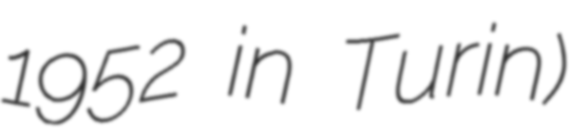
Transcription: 1952 in Turin)